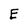
Character: E